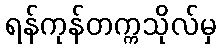
ရန်ကုန်တက္ကသိုလ်မှ